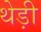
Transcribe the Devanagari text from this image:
थेड़ी